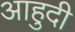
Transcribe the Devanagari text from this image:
आहुदी